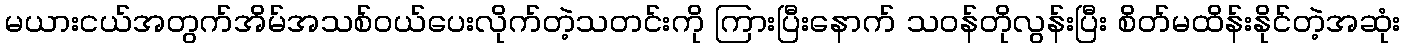
မယားငယ်အတွက်အိမ်အသစ်ဝယ်ပေးလိုက်တဲ့သတင်းကို ကြားပြီးနောက် သဝန်တိုလွန်းပြီး စိတ်မထိန်းနိုင်တဲ့အဆုံး